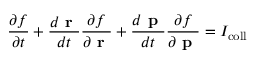
\frac { \partial f } { \partial t } + \frac { d \textbf { r } } { d t } \frac { \partial f } { \partial \textbf { r } } + \frac { d \textbf { p } } { d t } \frac { \partial f } { \partial \textbf { p } } = I _ { \mathrm { c o l l } }